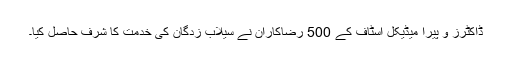
ڈاکٹرز و پیرا میڈیکل اسٹاف کے 500 رضاکاران نے سیلاب زدگان کی خدمت کا شرف حاصل کیا۔